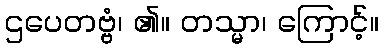
ဌပေတဗ္ဗံ၊ ၏။ တသ္မာ၊ ကြောင့်။